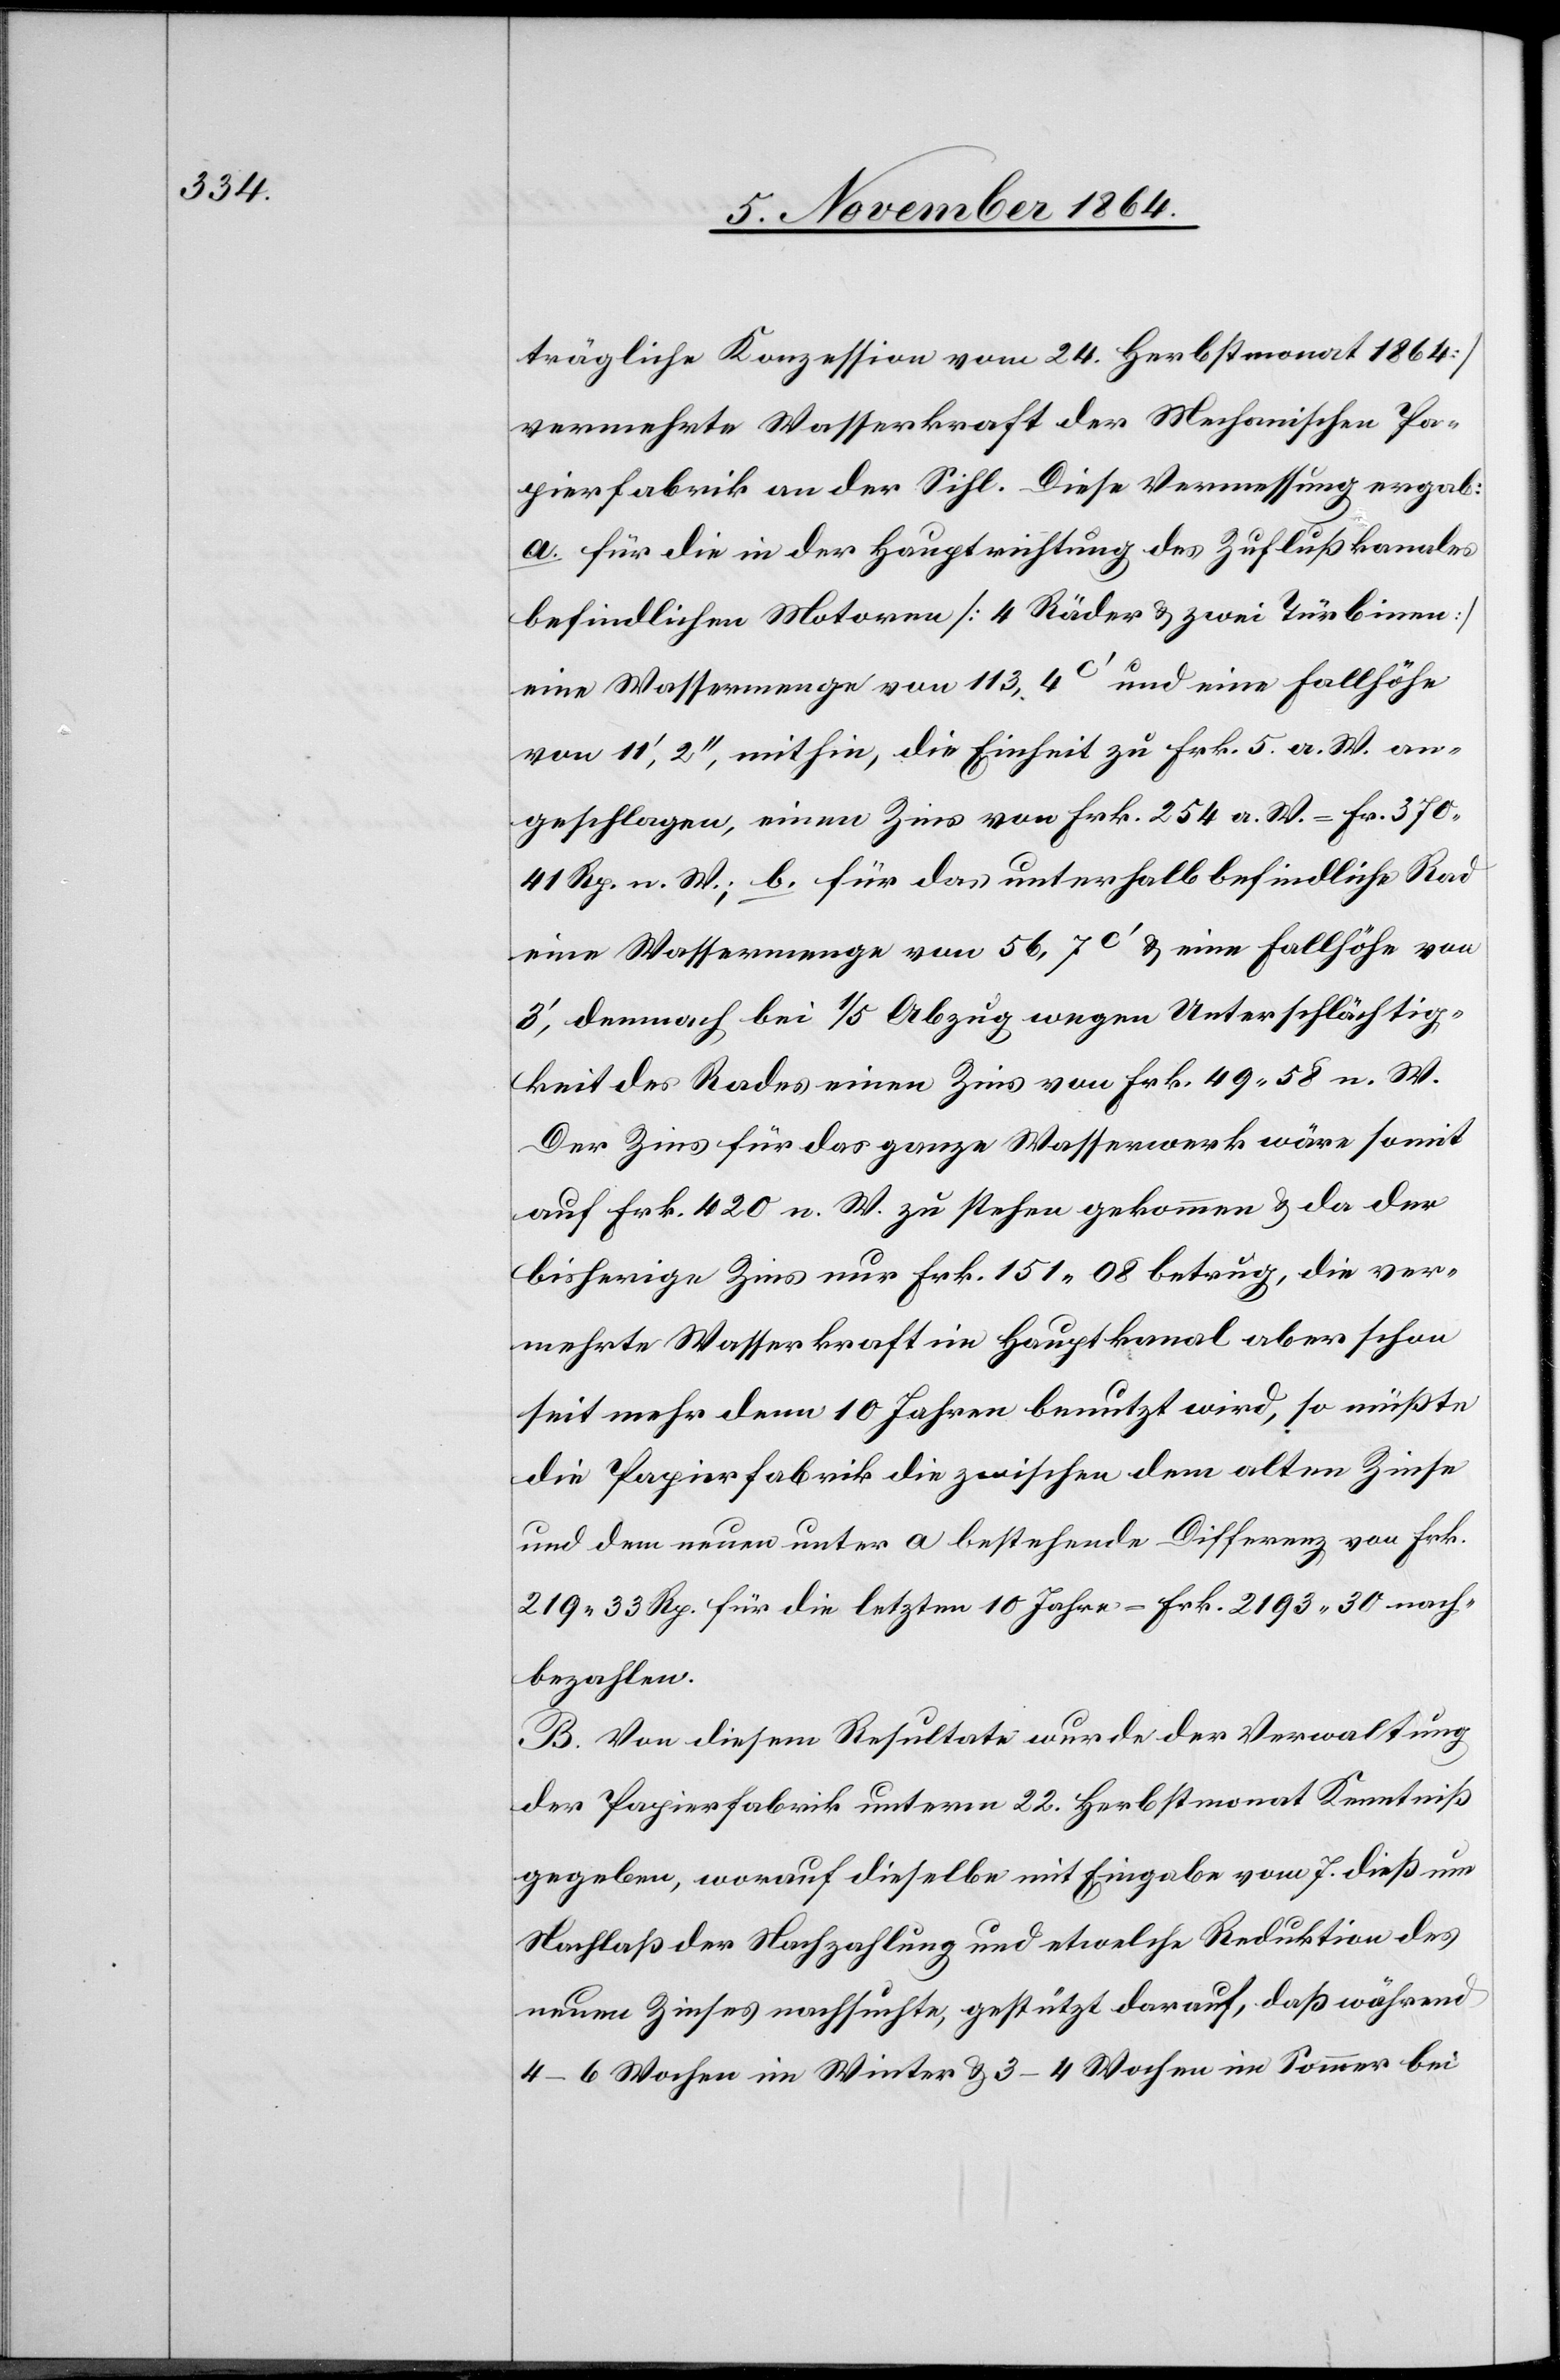
trägliche Konzession vom 24. Herbstmonat 1864]
vermehrte Wasserkraft der Mechanischen Pa¬
pierfabrik an der Sihl. Diese Vermessung ergab:
a. Für die in der Hauptrichtung des Zuflußkanales
befindlichen Motoren [4 Räder & zwei Türbinen]
eine Wassermenge von 113,4c’ und eine Fallhöhe
von 11’, 2’’, mithin, die Einheit zu Frk. 5 a. W. an¬
geschlagen, einen Zins von Frk. 254 a. W. = Fr. 370.41
Rp. n. W.; b. Für das unterhalb befindliche Rad
eine Wassermenge von 56,7c’ & eine Fallhöhe von
3’, demnach bei 1/5 Abzug wegen Unterschlächtig¬
keit des Rades einen Zins von Frk. 49.50 n. W.
Der Zins für das ganze Wasserwerk wäre somit
auf Frk. 420 n. W. zu stehen gekommen, & da der
bisherige Zins nur Frk. 151.08 betrug, die ver¬
mehrte Wasserkraft im Hauptkanal aber schon
seit mehr denn 10 Jahren benutzt wird, so müßte
die Papierfabrik die zwischen dem alten Zinse
und dem neuen unter a bestehende Differenz von Frk.
219.33 Rp. für die letzten 10 Jahre = Frk. 2193.30 nach¬
bezahlen.
B. Von diesem Resultate wurde der Verwaltung
der Papierfabrik unterm 22. Herbstmonat Kenntniß
gegeben, worauf dieselbe mit Eingabe vom 7. dieß um
Nachlaß der Nachzahlung und etwelche Reduktion des
neuen Zinses nachsuchte, gestützt darauf, daß während
4–6 Wochen im Winter & 3–4 Wochen im Sommer bei